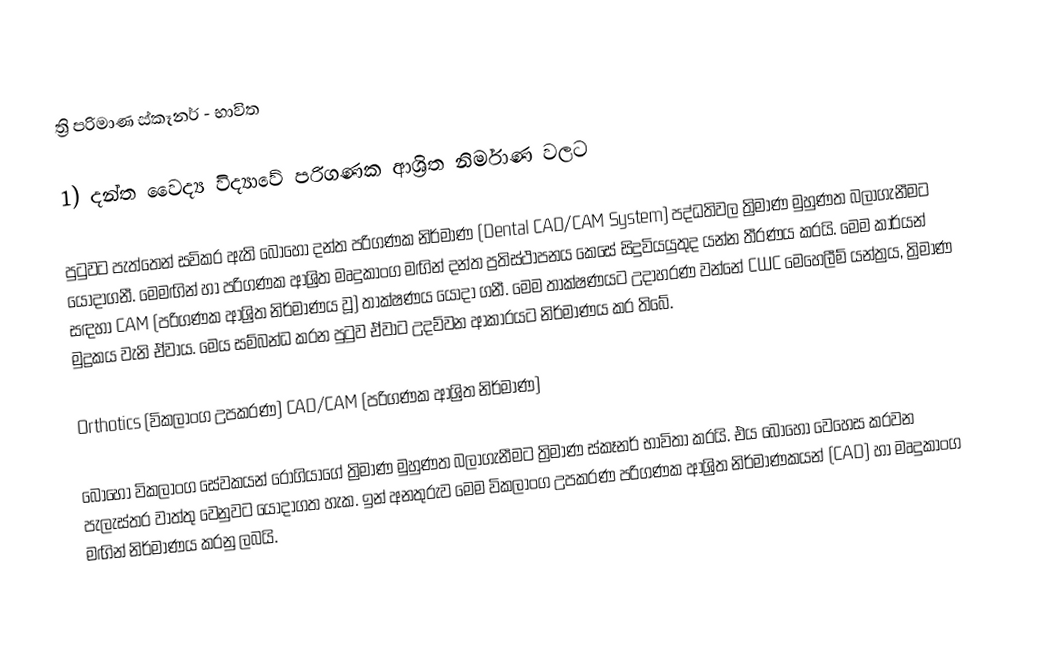
ත්‍රි පරිමාණ ස්කෑනර් - භාවිත

1)	දන්ත වෛද්‍ය විද්‍යාවේ පරිගණක ආශ්‍රිත නිර්මාණ වලට

	පුටුවට පැත්තෙන් සවිකර ඇති බොහෝ දන්ත පරිගණක නිර්මාණ (Dental CAD/CAM System) පද්ධතිවල ත්‍රිමාණ මුහුණත බලාගැනීමට යොදාගනී. මෙමඟින් හා පරිගණක ආශ්‍රිත මෘදුකාංග මඟින් දන්ත ප්‍රතිස්ථාපනය කෙසේ සිදුවියයුතුද යන්න තීරණය කරයි. මෙම කාර්යන් සඳහා CAM (පරිගණක ආශ්‍රිත නිර්මාණය වූ) තාක්ෂණය යොදා ගනී. මෙම තාක්ෂණයට උදාහරණ  වන්නේ CWC මෙහෙලීම් යන්ත්‍රය, ත්‍රිමාණ මුද්‍රකය වැනි ඒවාය. මෙය සම්බන්ධ කරන පුටුව ඒවාට උදව්වන ආකාරයට නිර්මාණය කර තිබේ.

Orthotics (විකලාංග උපකරණ) CAD/CAM (පරිගණක ආශ්‍රිත නිර්මාණ)

බොහෝ විකලාංග සේවකයන් රෝගියාගේ ත්‍රිමාණ මුහුණත බලාගැනීමට ත්‍රිමාණ ස්කෑනර් භාවිතා කරයි. එය බොහෝ වෙහෙස කරවන පැලැස්තර වාත්තු වෙනුවට යොදාගත හැක. ඉන් අනතුරුව මෙම විකලාංග උපකරණ පරිගණක ආශ්‍රිත නිර්මාණකයන් (CAD) හා මෘදුකාංග මඟින් නිර්මාණය කරනු ලබයි.